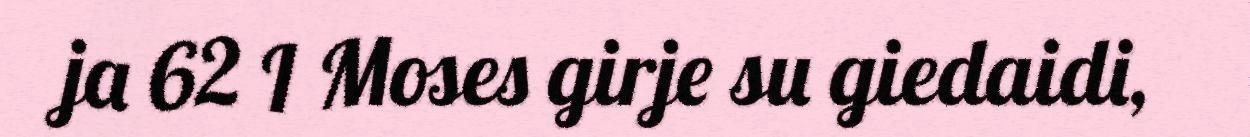
ja 62 I Moses girje su giedaidi,